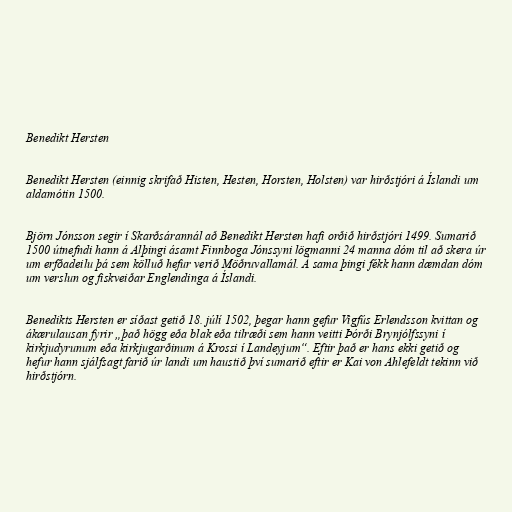
Benedikt Hersten

Benedikt Hersten (einnig skrifað Histen, Hesten, Horsten, Holsten) var hirðstjóri á Íslandi um
aldamótin 1500.

Björn Jónsson segir í Skarðsárannál að Benedikt Hersten hafi orðið hirðstjóri 1499. Sumarið
1500 útnefndi hann á Alþingi ásamt Finnboga Jónssyni lögmanni 24 manna dóm til að skera úr
um erfðadeilu þá sem kölluð hefur verið Möðruvallamál. Á sama þingi fékk hann dæmdan dóm
um verslun og fiskveiðar Englendinga á Íslandi.

Benedikts Hersten er síðast getið 18. júlí 1502, þegar hann gefur Vigfús Erlendsson kvittan og
ákærulausan fyrir „það högg eða blak eða tilræði sem hann veitti Þórði Brynjólfssyni í
kirkjudyrunum eða kirkjugarðinum á Krossi í Landeyjum“. Eftir það er hans ekki getið og
hefur hann sjálfsagt farið úr landi um haustið því sumarið eftir er Kai von Ahlefeldt tekinn við
hirðstjórn.